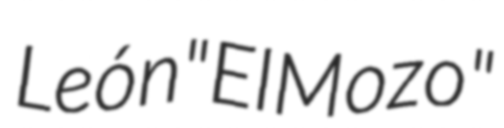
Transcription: León "El Mozo"